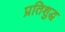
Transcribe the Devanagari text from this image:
प्रतिशुद्ध